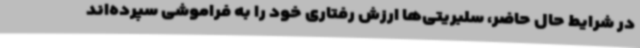
در شرایط حال‌ حاضر، سلبریتی‌ها ارزش رفتاری خود را به فراموشی سپرده‌اند